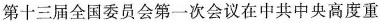
第十三届全国委员会第一次会议在中共中央高度重